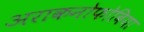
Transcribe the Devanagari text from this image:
अराकनोफोबिया